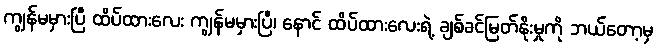
ကျွန်မမှားပြီ ထိပ်ထားလေး ကျွန်မမှားပြီ၊ နောင် ထိပ်ထားလေးရဲ့ ချစ်ခင်မြတ်နိုးမှုကို ဘယ်တော့မှ